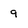
Character: 9